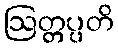
ဩတ္တပ္ပတိ